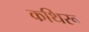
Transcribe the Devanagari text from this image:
कथिरू